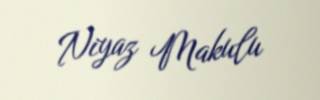
Niyaz Makulu